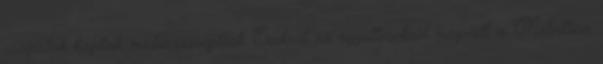
csapatok kaptak médiaszereplést. Ezekről az együttesekről megvolt a Metallica